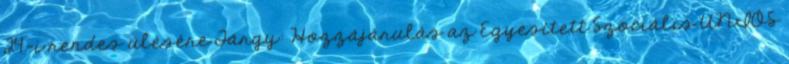
24-i rendes ülésére Tárgy: Hozzájárulás az Egyesített Szociális UNIÓS